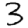
Digit: 3